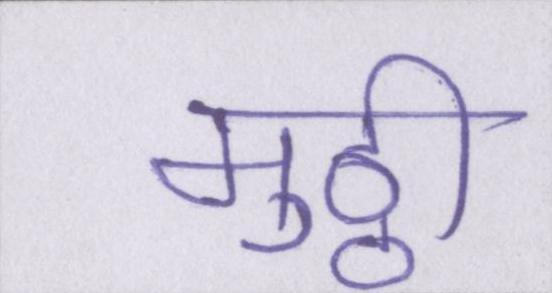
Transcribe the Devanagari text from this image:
मुठ्ठी